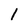
Character: l